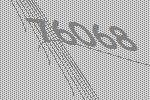
76068